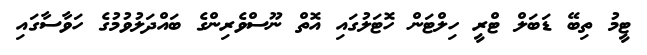
ޓީމު ތިބޭ ޑަބަލް ޓްރީ ހިލްޓަން ހޮޓަލުގައި އޮތް ނޫސްވެރިންގެ ބައްދަލުވުމުގެ ހަވާސާގައި